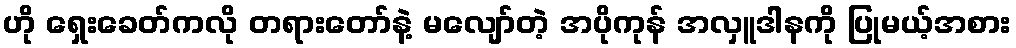
ဟို ရှေးခေတ်ကလို တရားတော်နဲ့ မလျော်တဲ့ အပိုကုန် အလှူဒါနကို ပြုမယ့်အစား